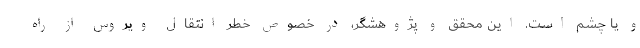
و یا چشم است. این محقق و پژوهشگر، در خصوص خطر انتقال ویروس از راه